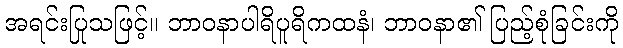
အရင်းပြုသဖြင့်။ ဘာဝနာပါရိပူရိကထနံ၊ ဘာဝနာ၏ ပြည့်စုံခြင်းကို